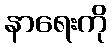
နာရေးကို